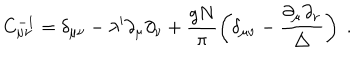
C _ { \mu \nu } ^ { - 1 } = \delta _ { \mu \nu } - \lambda ^ { \prime } \partial _ { \mu } \partial _ { \nu } + \frac { g N } { \pi } \left( \delta _ { \mu \nu } - \frac { \partial _ { \mu } \partial _ { \nu } } { \triangle } \right) \; .